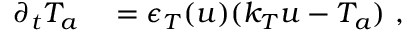
\begin{array} { r l } { \partial _ { t } T _ { a } } & { { } = \epsilon _ { T } ( u ) ( k _ { T } u - T _ { a } ) \mathrm { ~ , ~ } } \end{array}